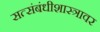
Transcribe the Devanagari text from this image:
सत्संबंधीशास्त्रावर